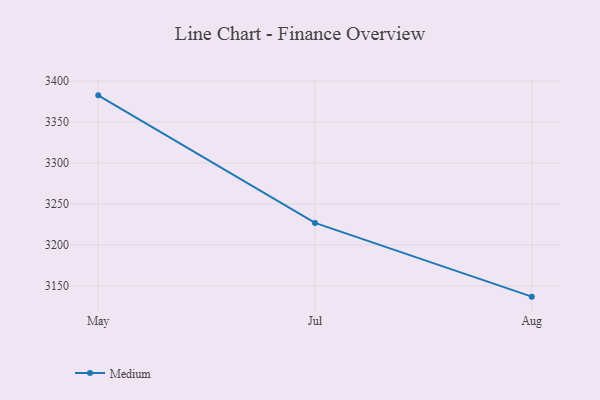
{"axis": {"x": "Month", "y": "Energy Usage (MWh)"}, "legend": ["Medium"], "data": [{"x": "May", "y": 3382.6, "type": "Medium"}, {"x": "Jul", "y": 3226.9, "type": "Medium"}, {"x": "Aug", "y": 3136.9, "type": "Medium"}]}